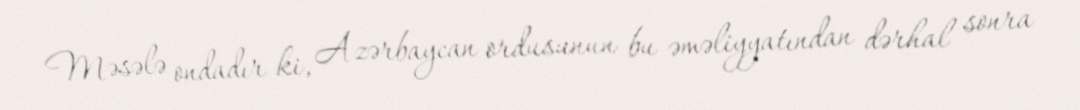
Məsələ ondadır ki, Azərbaycan ordusunun bu əməliyyatından dərhal sonra